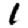
Digit: 1